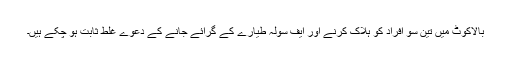
بالاکوٹ میں تین سو افراد کو ہلاک کرنے اور ایف سولہ طیارے کے گرائے جانے کے دعوے غلط ثابت ہو چکے ہیں۔